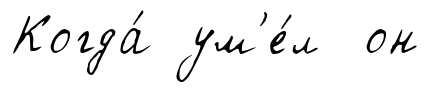
Когда́ ум'е́л он